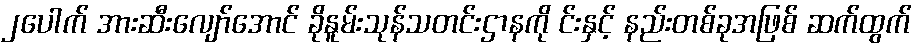
၂ပေါက် အားဆီးလျော်အောင် ခိုနူမ်းသုန်သတင်းဌာနကို င်းနှင့် နည်းတစ်ခုအဖြစ် ဆက်ထွက်